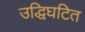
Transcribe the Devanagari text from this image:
उद्धिघटित